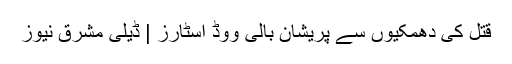
قتل کی دھمکیوں سے پریشان بالی ووڈ اسٹارز | ڈیلی مشرق نیوز